Indian journal of veterinary science and animal husbandry - Volume 2,
Year: 1932
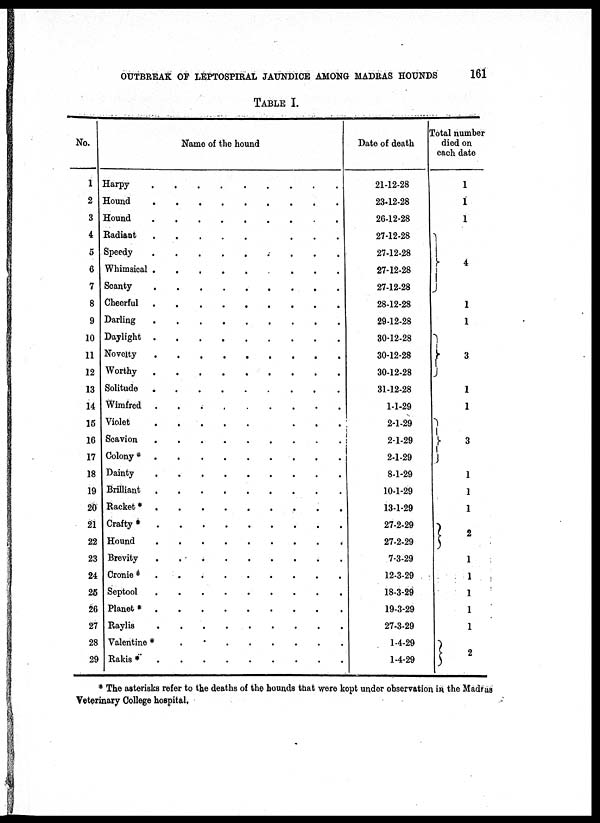
OUTBREAK OF LEPTOSPIRAL JAUNDICE AMONG MADRAS HOUNDS
161
TABLE I.
No.
1
2
3
4
5
6
7
8
9
10
11
12
13
14
15
16
17
18
19
20
21
22
23
24
25
26
27
28
29
Name of the hound
Harpy
Hound
Hound
Radiant
Speedy
Whimsical .
Scanty
Cheerful
Darling
Daylight
Novelty
Worthy
Solitude
Wimfred
Violet
Scavion
Colony *
Dainty
Brilliant
Racket *
Crafty *
Hound
Brevity
Cronie *
Septool
Planet *
Raylis
Valentine *
Rakis *
.
.
.
.
.
.
.
.
.
.
.
.
.
.
.
.
.
.
.
.
.
.
.
.
.
.
.
.
.
.
.
.
.
.
.
.
.
.
.
.
.
.
.
.
.
.
.
.
.
.
.
.
.
.
.
.
.
.
.
.
.
.
.
.
.
.
.
.
.
.
.
.
.
.
.
.
.
.
.
.
.
.
.
.
.
.
.
.
.
.
.
.
.
.
.
.
.
.
.
.
.
.
.
.
.
.
.
.
.
.
.
.
.
.
.
.
.
.
.
.
.
.
.
.
.
.
.
.
.
.
.
.
.
.
.
.
.
.
.
.
.
.
.
.
.
.
.
.
.
.
.
.
.
.
.
.
.
.
.
.
.
.
.
.
.
.
.
.
.
.
.
.
.
.
.
.
.
.
.
.
.
.
.
.
.
.
.
.
.
.
.
.
.
.
.
.
.
.
.
.
.
.
.
.
.
.
.
.
.
.
.
.
.
.
.
.
.
.
.
.
.
.
.
.
.
.
.
.
.
.
.
.
.
.
.
.
.
.
.
.
.
.
.
.
.
.
.
.
.
.
.
.
.
.
.
.
.
.
.
.
.
Date of death
21-12-28
23-12-28
26-12-28
27-12-28
27-12-28
27-12-28
27-12-28
28-12-28
29-12-28
30-12-28
30-12-28
30-12-28
31-12-28
1-1-29
2-1-29
2-1-29
2-1-29
8-1-29
10-1-29
13-1-29
27-2-29
27-2-29
7-3-29
12-3-29
18-3-29
19-3-29
27-3-29
1-4-29
1-4-29
Total number
died on
each date
1
1
1
}
4
1
1
} 3
1
1
}
3
1
1
1
} 2
1
1
1
1
1
} 2
* The asterisks refer to the deaths of the hounds that were kept under observation in the Madras
Veterinary College hospital.